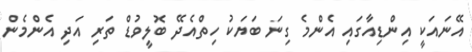
އޭނައަކީ އިންޑިއާގައި އެންމެ ގިނަ ބަޔަކު ހިތްއެދޭ ބޮލީވުޑް ތަރި އަދި އެންމެން